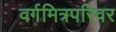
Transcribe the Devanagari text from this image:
वर्गमित्रपरिवर